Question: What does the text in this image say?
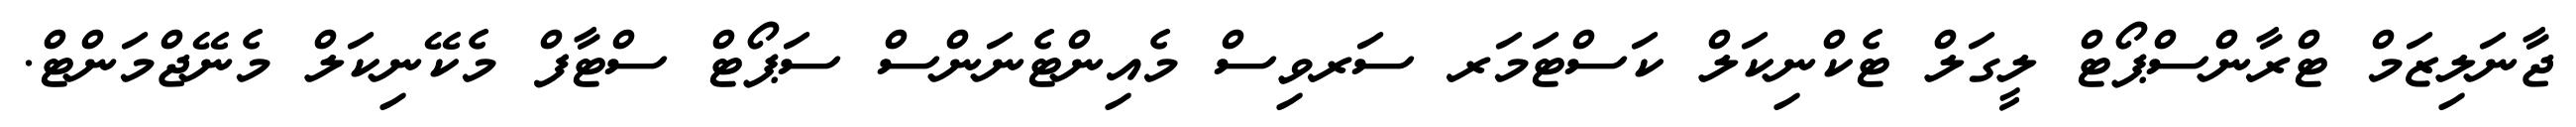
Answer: ޖާނަލިޒަމް ޓްރާންސްޕޯޓް ލީގަލް ޓެކްނިކަލް ކަސްޓަމަރ ސަރވިސް މެއިންޓެނަންސް ސަޕޯޓް ސްޓާފް މެކޭނިކަލް މެނޭޖްމަންޓް.